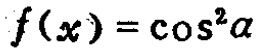
\(f(x)=\cos^{2}a\)